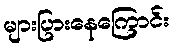
များပြားနေကြောင်း